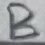
Text: B